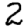
Digit: 2